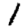
Digit: 1